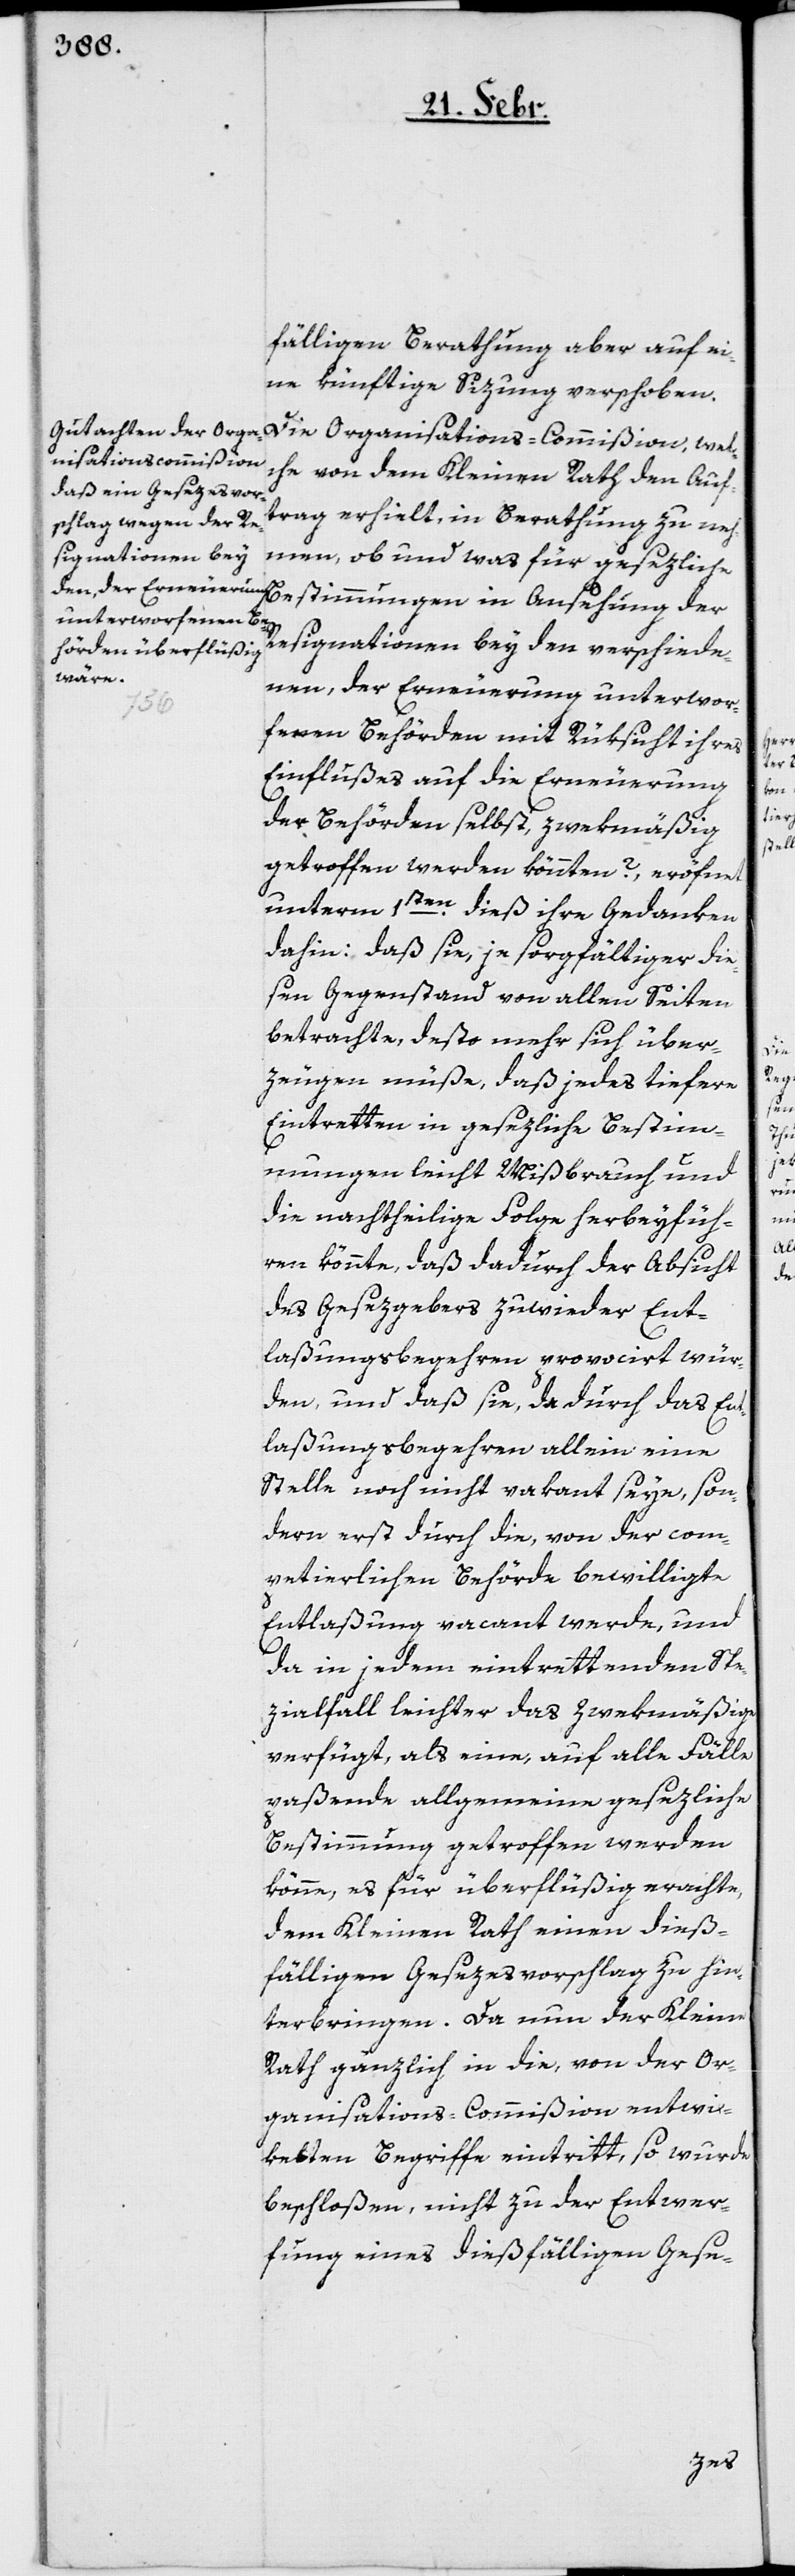
fälligen Berathung aber auf ei¬
ne künftige Sizung verschoben.
Die Organisations-Commißion, wel¬
che von dem Kleinen Rath den Auf¬
trag erhielt, in Berathung zu neh¬
men, ob und was für gesezliche
Bestimmungen in Ansehung der
Resignationen bey den verschiede¬
nen, der Erneuerung unterwor¬
fenen Behörden mit Rücksicht ihres
Einflußes auf die Erneuerung
der Behörden selbst, zwekmäßig
getroffen werden könnten?, eröfnet
unterm 1sten. dieß ihre Gedanken
dahin: daß sie, je sorgfältiger die¬
sen Gegenstand von allen Seiten
betrachte, desto mehr sich über¬
zeugen müße, daß jedes tiefere
Eintretten in gesezliche Bestim¬
mungen leicht Mißbrauch und
die nachtheilige Folge herbeyfüh¬
ren könnte, daß dadurch der Absicht
des Gesezgebers zuwieder Ent¬
laßungsbegehren provociert wür¬
den, und daß sie, dadurch das Ent¬
laßungsbegehren allein eine
Stelle noch nicht vakant seye, son¬
dern erst durch die, von der com¬
petierlichen Behörde bewilligte
Entlaßung vacant werde, und
da in jedem eintrettenden Spe¬
zialfall leichter das Zwekmäßige
verfügt, als eine, auf alle Fälle
paßende allgemeine gesezliche
Bestimmung getroffen werden
könne, es für überflüßig erachte,
dem Kleinen Rath einen dieß¬
fälligen Gesezesvorschlag zu hin¬
terbringen. Da nun der Kleine
Rath gänzlich in die, von der Or¬
ganisations-Commißion entwi¬
kelten Begriffe eintritt, so wurde
beschloßen, nicht zu der Entwer¬
fung eines dießfälligen Gese-